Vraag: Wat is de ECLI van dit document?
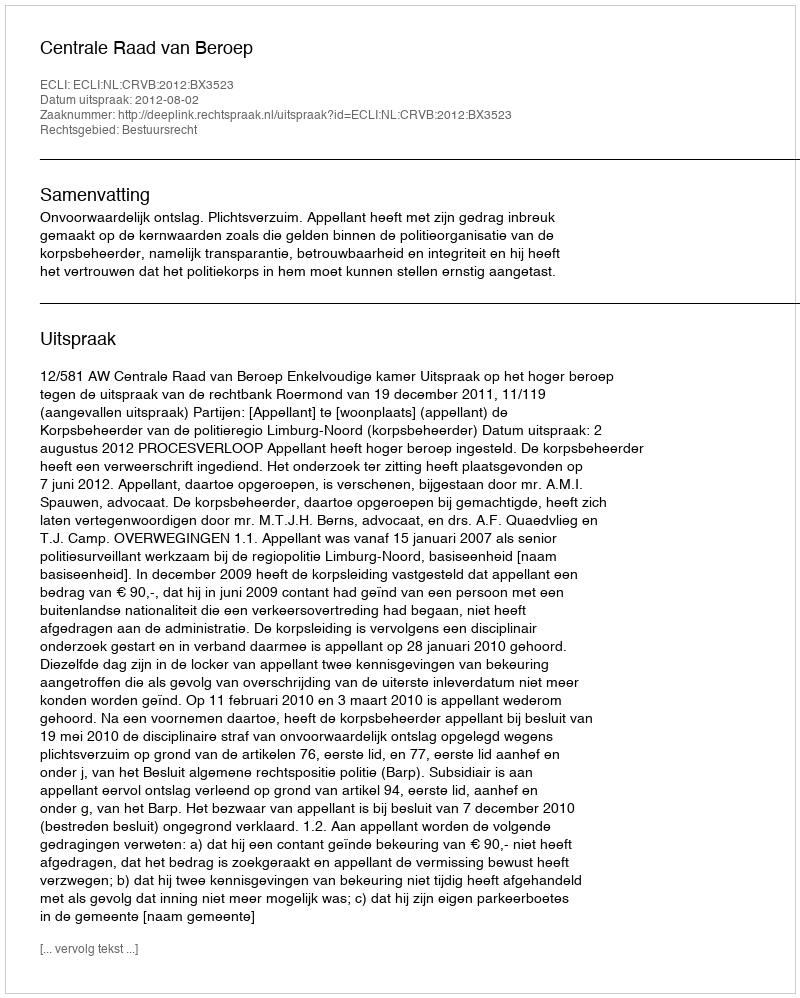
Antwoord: ECLI:NL:CRVB:2012:BX3523